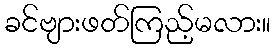
ခင်ဗျားဖတ်ကြည့်မလား။